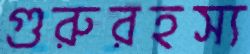
গুরুরহস্য